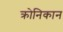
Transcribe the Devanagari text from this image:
क्रोनिकान